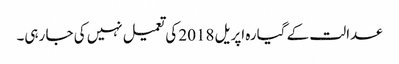
عدالت کے گیارہ اپریل 2018 کی تعمیل نہیں کی جا رہی۔